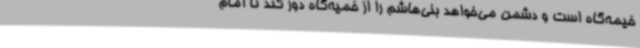
خیمه‌گاه است و دشمن می‌خواهد بنی‌هاشم را از خمیه‌گاه دور کند تا امام